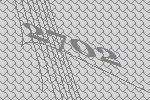
2702